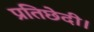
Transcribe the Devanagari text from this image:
प्रतिछेदी।